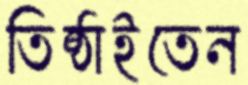
তিষ্ঠাইতেন